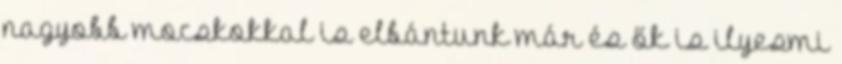
nagyobb mocskokkal is elbántunk már és ők is ilyesmi